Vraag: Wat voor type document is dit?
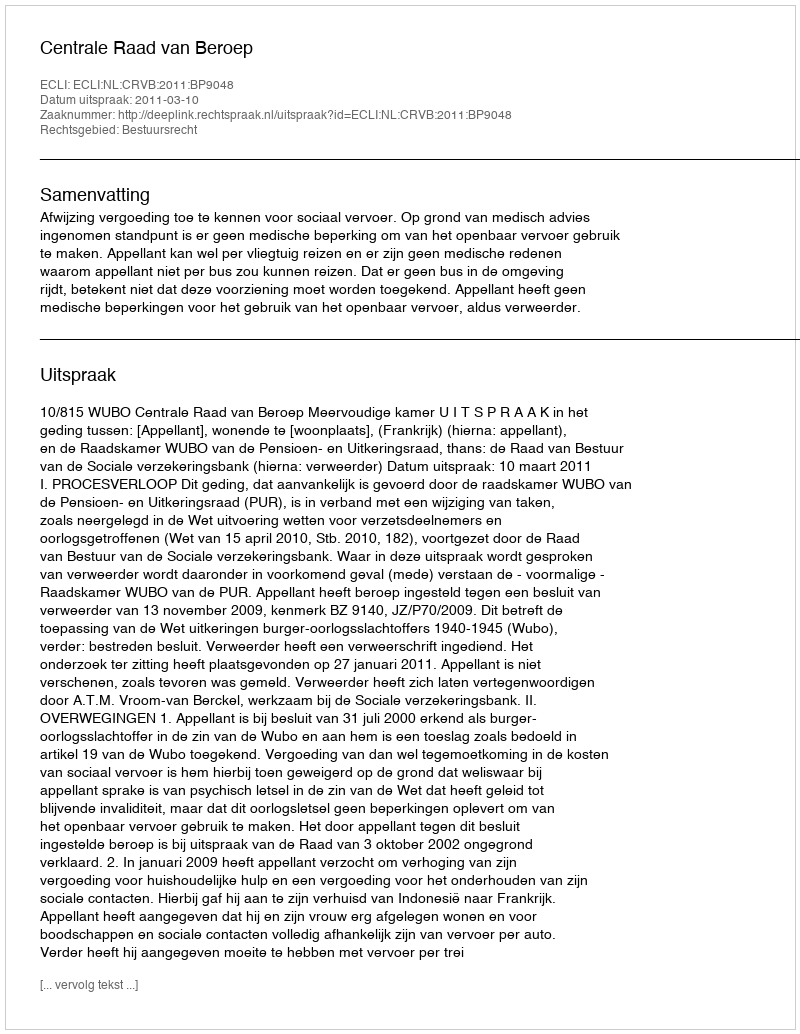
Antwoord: Uitspraak